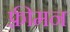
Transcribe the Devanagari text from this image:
फ़्रीमन